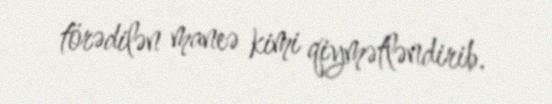
törədilən maneə kimi qiymətləndirib.